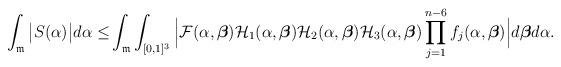
LaTeX: \begin{align*} \int_{\mathfrak{m}}\big|S(\alpha)\big|d\alpha\le & \int_{\mathfrak{m}}\int_{[0,1]^3}\Big|\mathcal{F}(\alpha,\boldsymbol{\beta})\mathcal{H}_1(\alpha,\boldsymbol{\beta})\mathcal{H}_2(\alpha,\boldsymbol{\beta})\mathcal{H}_3(\alpha,\boldsymbol{\beta})\prod_{j=1}^{n-6}f_j(\alpha,\boldsymbol{\beta})\Big|d\boldsymbol{\beta}d\alpha.\end{align*}